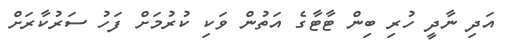
އަދި ނާދީ ހުރި ބިން ޓާޓާގެ އަތުން ވަކި ކުރުމަށް ފަހު ސަރުކާރަށް